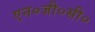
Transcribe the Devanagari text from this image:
एन०जी०सी०